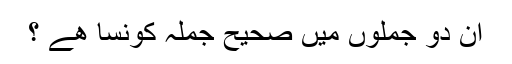
ان دو جملوں میں صحیح جملہ کونسا ھے ؟